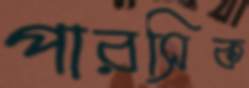
পারসিক